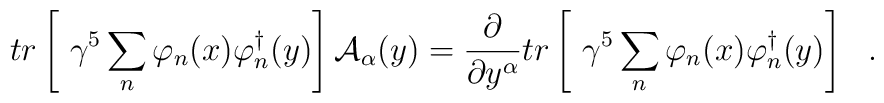
tr\left[\ \gamma^5\sum_n\varphi_n(x)\varphi^{\dag}_n(y)\right]{\cal A}_\alpha(y)=\frac{\partial}{\partial y^\alpha}tr\left[\ \gamma^5\sum_n\varphi_n(x)\varphi^{\dag}_n(y)\right]\ \ .